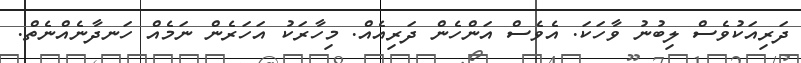
ދަރިއަކުވެސް ލިބުނު ވާހަކަ. އެވެސް އަންހެން ދަރިއެއް. މިހާރަކު އަހަރެން ނަމެއް ހަނދާނެއްނެތް.